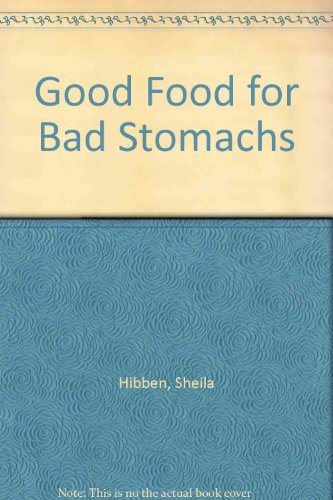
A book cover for Good Food for Bad Stomachs: 500 Delicious and Nutritious Recipes for Sufferers from Ulcers and Other Digestive Disturbances; Sara M. Jordan; Health, Fitness & Dieting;